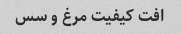
افت کیفیت مرغ و سس